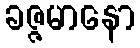
ခဇ္ဇမာနော